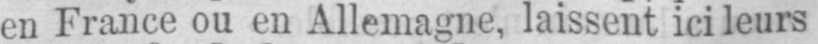
en France ou en Allemagne, laissent ici leurs